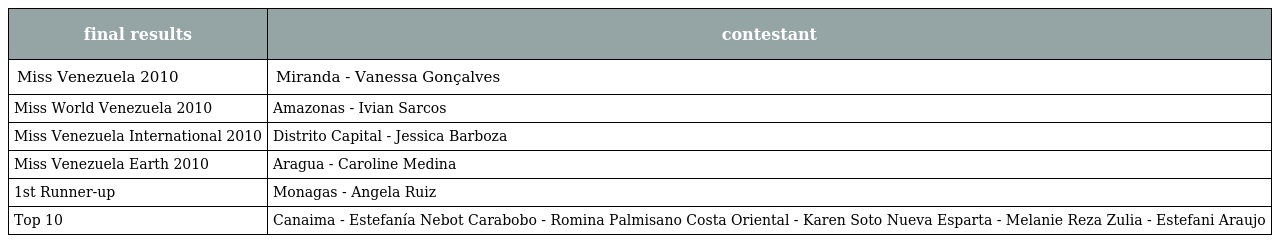
| final results | contestant |
 | --- | --- |
 | Miss Venezuela 2010 | Miranda - Vanessa Gonçalves |
 | Miss World Venezuela 2010 | Amazonas - Ivian Sarcos |
 | Miss Venezuela International 2010 | Distrito Capital - Jessica Barboza |
 | Miss Venezuela Earth 2010 | Aragua - Caroline Medina |
 | 1st Runner-up | Monagas - Angela Ruiz |
 | Top 10 | Canaima - Estefanía Nebot Carabobo - Romina Palmisano Costa Oriental - Karen Soto Nueva Esparta - Melanie Reza Zulia - Estefani Araujo |